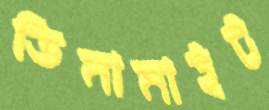
ডিনামাইট